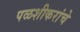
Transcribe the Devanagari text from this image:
पळशीकरांचे